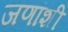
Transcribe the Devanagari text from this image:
जणांशी